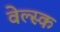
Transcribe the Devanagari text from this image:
वेल्स्क